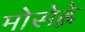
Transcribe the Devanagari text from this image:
मोसेह्ले